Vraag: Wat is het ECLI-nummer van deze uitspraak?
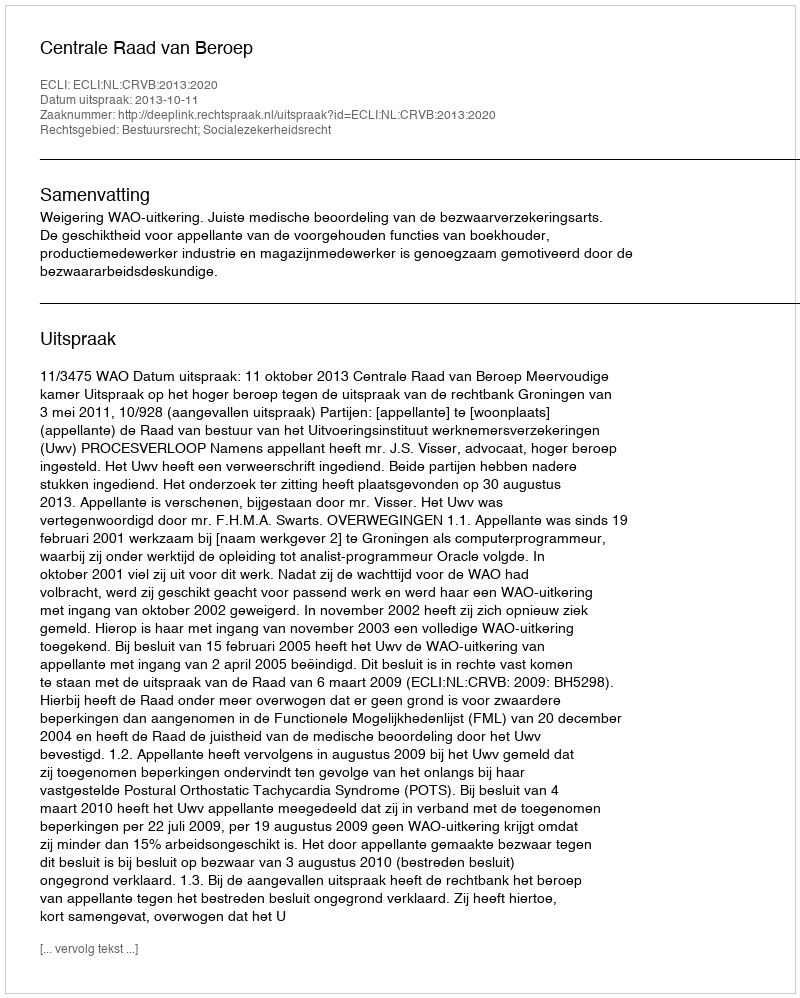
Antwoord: ECLI:NL:CRVB:2013:2020